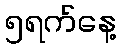
၅ရက်နေ့